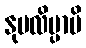
နုပလိမ္ပာမိ